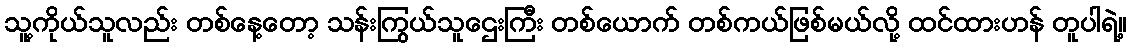
သူ့ကိုယ်သူလည်း တစ်နေ့တော့ သန်းကြွယ်သူဌေးကြီး တစ်ယောက် တစ်ကယ်ဖြစ်မယ်လို့ ထင်ထားဟန် တူပါရဲ့။